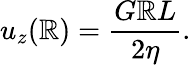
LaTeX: u_{z}(\mathbb{R})=\frac{{G\mathbb{R}L}}{{2\eta}}.